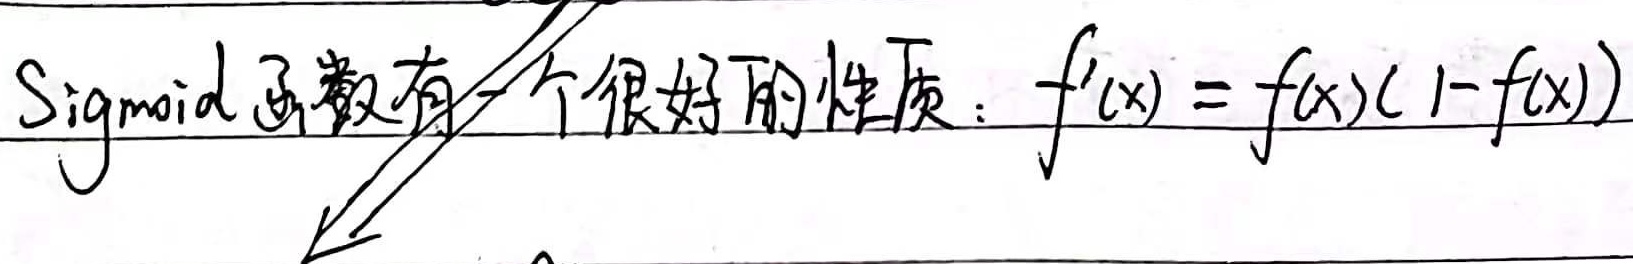
Sigmoid函数有一个很好的性质：\(f^{\prime}(x)=f(x)(1 - f(x))\)